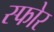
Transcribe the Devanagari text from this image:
स्फोर